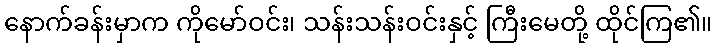
နောက်ခန်းမှာက ကိုမော်ဝင်း၊ သန်းသန်းဝင်းနှင့် ကြီးမေတို့ ထိုင်ကြ၏။